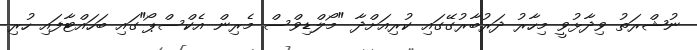
ނުޝްރަތު ވިދާޅުވީ މިހާރު ދަރުބާރުގޭގައި ކުރިއަށްދާ "މޯލްޑިވްސް މެރިން އެކްސްޕޯ"ގައި ބަހައްޓާފައި ހުރި